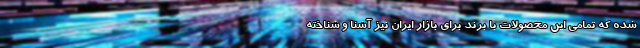
شده که تمامی این محصولات با برند برای بازار ایران نیز آشنا و شناخته